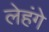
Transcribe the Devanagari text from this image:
लेहंगे